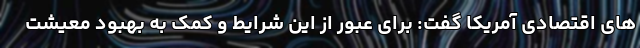
های اقتصادی آمریکا گفت: برای عبور از این شرایط و کمک به بهبود معیشت